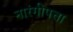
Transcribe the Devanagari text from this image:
नारंगीपत्ता